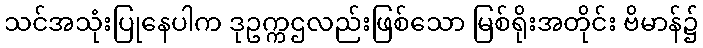
သင်အသုံးပြုနေပါက ဒုဥက္ကဌလည်းဖြစ်သော မြစ်ရိုးအတိုင်း ဗိမာန်၌